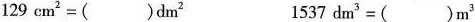
$$1 2 9 c m ^ { 2 } = ( ) d m ^ { 2 }$$ $$1 5 3 7 d m ^ { 3 } = ( ) m ^ { 3 }$$